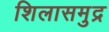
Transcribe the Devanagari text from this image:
शिलासमुद्र